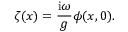
\zeta ( x ) = \frac { \mathrm { i } \omega } { g } \phi ( x , 0 ) .